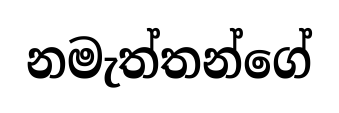
නමැත්තන්ගේ